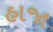
હાજા